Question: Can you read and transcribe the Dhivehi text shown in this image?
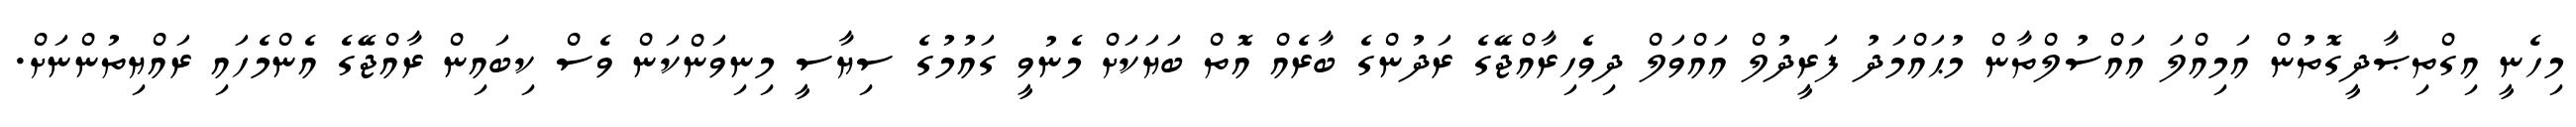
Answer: މިހެނީ އިގްތިޞާދީގޮތުން އަމިއްލަ އައްސުލްތާން މުޙައްމަދު ފަރީދުލް އައްވަލް ދިވެހިރާއްޖޭގެ ރަދުންގެ ބާރެއް އޮތް ބަޔަކަށް މެނުވީ ގައުމުގެ ސިޔާސީ މިނިވަންކަން ވެސް ކިބައިން ރާއްޖޭގެ އެންމެހައި ރައްޔިތުންނަށް.